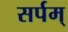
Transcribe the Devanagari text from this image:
सर्पम्